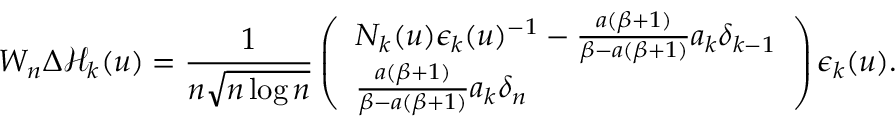
W _ { n } \Delta \mathcal { H } _ { k } ( u ) = \frac { 1 } { n \sqrt { n \log n } } \left( \begin{array} { l } { N _ { k } ( u ) \epsilon _ { k } ( u ) ^ { - 1 } - \frac { a ( \beta + 1 ) } { \beta - a ( \beta + 1 ) } a _ { k } \delta _ { k - 1 } } \\ { \frac { a ( \beta + 1 ) } { \beta - a ( \beta + 1 ) } a _ { k } \delta _ { n } } \end{array} \right) \epsilon _ { k } ( u ) .